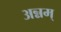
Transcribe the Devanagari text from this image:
अन्नम्